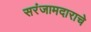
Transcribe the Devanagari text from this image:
सरंजामदाराचे